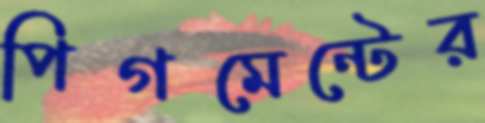
পিগমেন্টের